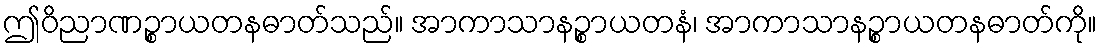
ဤဝိညာဏဉ္စာယတနဓာတ်သည်။ အာကာသာနဉ္စာယတနံ၊ အာကာသာနဉ္စာယတနဓာတ်ကို။